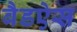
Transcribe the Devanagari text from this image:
बैडऐस